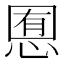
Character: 𢜹